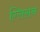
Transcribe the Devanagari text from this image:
ग्लिसन